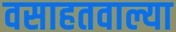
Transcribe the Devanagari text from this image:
वसाहतवाल्या